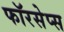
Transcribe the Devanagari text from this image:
फॉरसेप्स